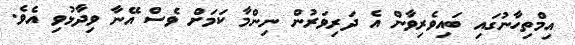
އިމްތިހާނުގައި ބައިވެރިވާން އެ ދަރިވަރުން ނިންމާ ކަމަށް ވެސް އޭނާ ވިދާޅުވި އެވެ.